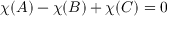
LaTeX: \chi ( A ) - \chi ( B ) + \chi ( C ) = 0